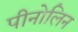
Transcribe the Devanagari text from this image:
पीनोलिन